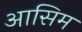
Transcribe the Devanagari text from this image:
आसिम